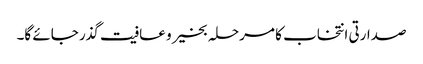
صدارتی انتخاب کا مرحلہ بخیر و عافیت گذر جائے گا۔